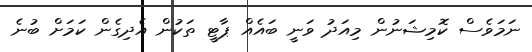
ނަމަވެސް ކޮމިޝަނުން މިއަދު ވަނީ ބައެއް ޕާޓީ ތަކުން އެދިގެން ކަމަށް ބުނެ